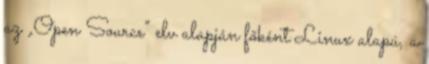
az „Open Source” elv alapján főként Linux alapú, a